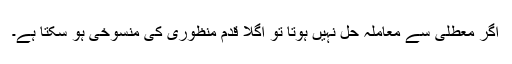
اگر معطلی سے معاملہ حل نہیں ہوتا تو اگلا قدم منظوری کی منسوخی ہو سکتا ہے۔